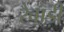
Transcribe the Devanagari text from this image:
रैवाड़ी